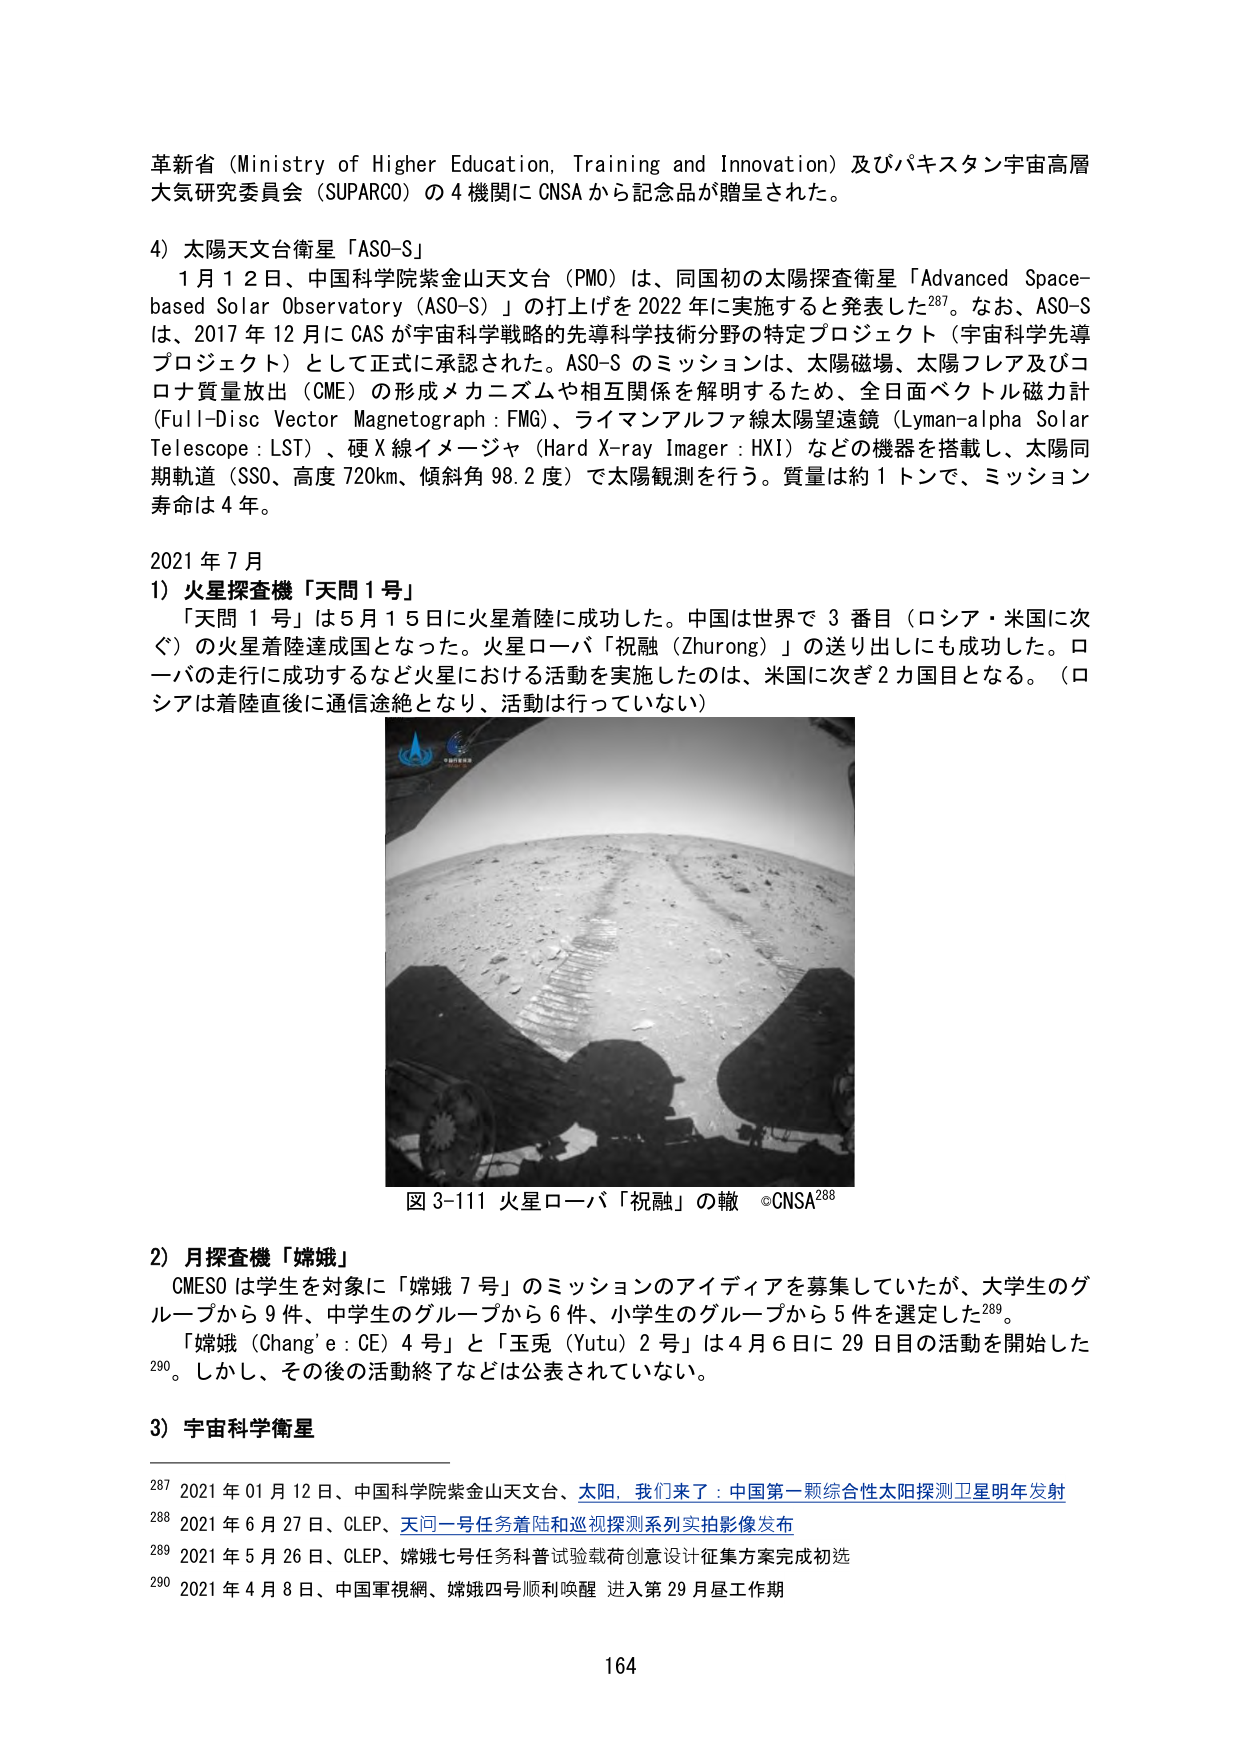
革新省（Ministry of Higher Education, Training and Innovation）及びパキスタン宇宙高層大気研究委員会（SUPARCO）の4機関にCNSAから記念品が贈呈された。

4）太陽天文台衛星「ASO-S」
　1月12日、中国科学院紫金山天文台（PMO）は、同国初の太陽探査衛星「Advanced Space-based Solar Observatory（ASO-S）」の打上げを2022年に実施すると発表した287。なお、ASO-Sは、2017年12月にCASが宇宙科学戦略の先導科学技術分野の特定プロジェクト（宇宙科学先導プロジェクト）として正式に承認された。ASO-Sのミッションは、太陽磁場、太陽フレア及びコロナ質量放出（CME）の形成メカニズムや相互関係を解明するため、全日面ベクトル磁力計（Full-Disc Vector Magnetograph：FMG）、ライマンアルファ線太陽望遠鏡（Lyman-alpha Solar Telescope：LST）、硬X線イメージャ（Hard X-ray Imager：HXI）などの機器を搭載し、太陽同期軌道（SSO、高度720km、傾斜角98.2度）で太陽観測を行う。質量は約1トンで、ミッション寿命は4年。

2021年7月
1）火星探査機「天問1号」
　「天問1号」は5月15日に火星着陸に成功した。中国は世界で3番目（ロシア・米国に次ぐ）の火星着陸達成国となった。火星ローバ「祝融（Zhurong）」の送り出しにも成功した。ローバの走行に成功するなど火星における活動を実施したのは、米国に次ぎ2カ国目となる。（ロシアは着陸直後に通信途絶となり、活動は行っていない）

図3-111 火星ローバ「祝融」の轍 ©CNSA288

2）月探査機「嫦娥」
　CMESOは学生を対象に「嫦娥7号」のミッションのアイディアを募集していたが、大学生のグループから9件、中学生のグループから6件、小学生のグループから5件を選定した289。
　「嫦娥（Chang’e：CE）4号」と「玉兎（Yutu）2号」は4月6日に29日目の活動を開始した290。しかし、その後の活動終了などは公表されていない。

3）宇宙科学衛星

287 2021年01月12日、中国科学院紫金山天文台、太阳，我们来了：中国第一颗综合性太阳探测卫星明年发射
288 2021年6月27日、CLEP、天问一号任务着陆和巡视探测系列实拍影像发布
289 2021年5月26日、CLEP、嫦娥七号任务科普试验载荷创意设计征集方案完成初选
290 2021年4月8日、中国軍視網、嫦娥四号顺利唤醒 进入第29月昼工作期

164